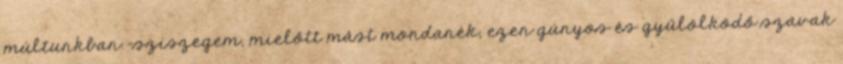
múltunkban.-sziszegem, mielőtt mást mondanék, ezen gúnyos és gyűlölködő szavak